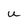
Character: u